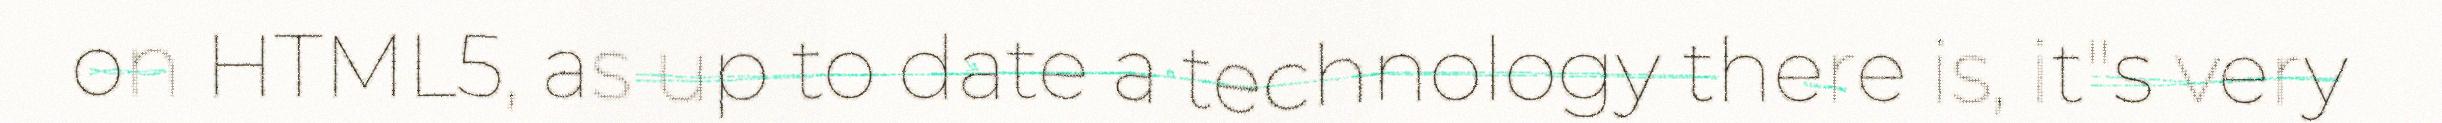
on HTML5, as up to date a technology there is, it"s very